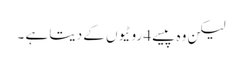
لیکن وہ پیسے 4 روٹیوں کے دیتا ہے ۔